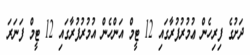
ދަށުގެ ފިރިހެން ޢުމުރުފުރާގައި 12 ޓީމް އަންހެން އުމުރުފުރާގައި 12 ޓީމް ފަނަރަ